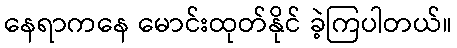
နေရာကနေ မောင်းထုတ်နိုင် ခဲ့ကြပါတယ်။